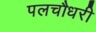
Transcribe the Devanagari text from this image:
पलचौधरी